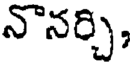
నొనర్చి,